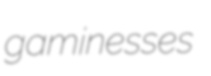
gaminesses